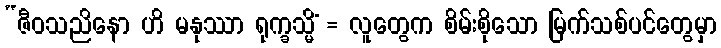
“ဇီဝသညိနော ဟိ မနုဿာ ရုက္ခသ္မိံ = လူတွေက စိမ်းစိုသော မြက်သစ်ပင်တွေမှာ